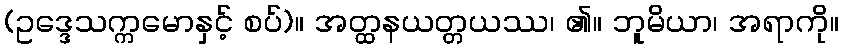
(ဥဒ္ဒေသက္ကမောနှင့် စပ်)။ အတ္ထနယတ္တယဿ၊ ၏။ ဘူမိယာ၊ အရာကို။